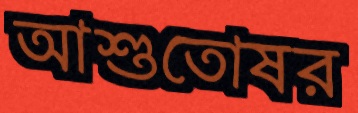
আশুতোষর